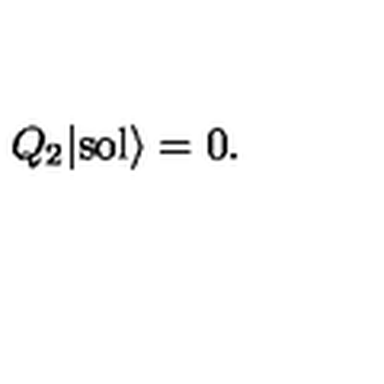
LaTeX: Q _ { 2 } | \mathrm { s o l } \rangle = 0 .